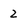
Character: z